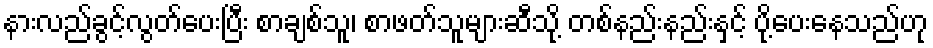
နားလည်ခွင့်လွတ်ပေးပြီး စာချစ်သူ၊ စာဖတ်သူများဆီသို့ တစ်နည်းနည်းနှင့် ပို့ပေးနေသည်ဟု